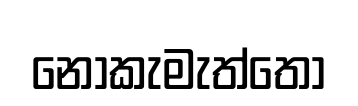
නොකැමැත්තෝ